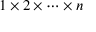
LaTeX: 1 \times 2 \times \cdots \times n